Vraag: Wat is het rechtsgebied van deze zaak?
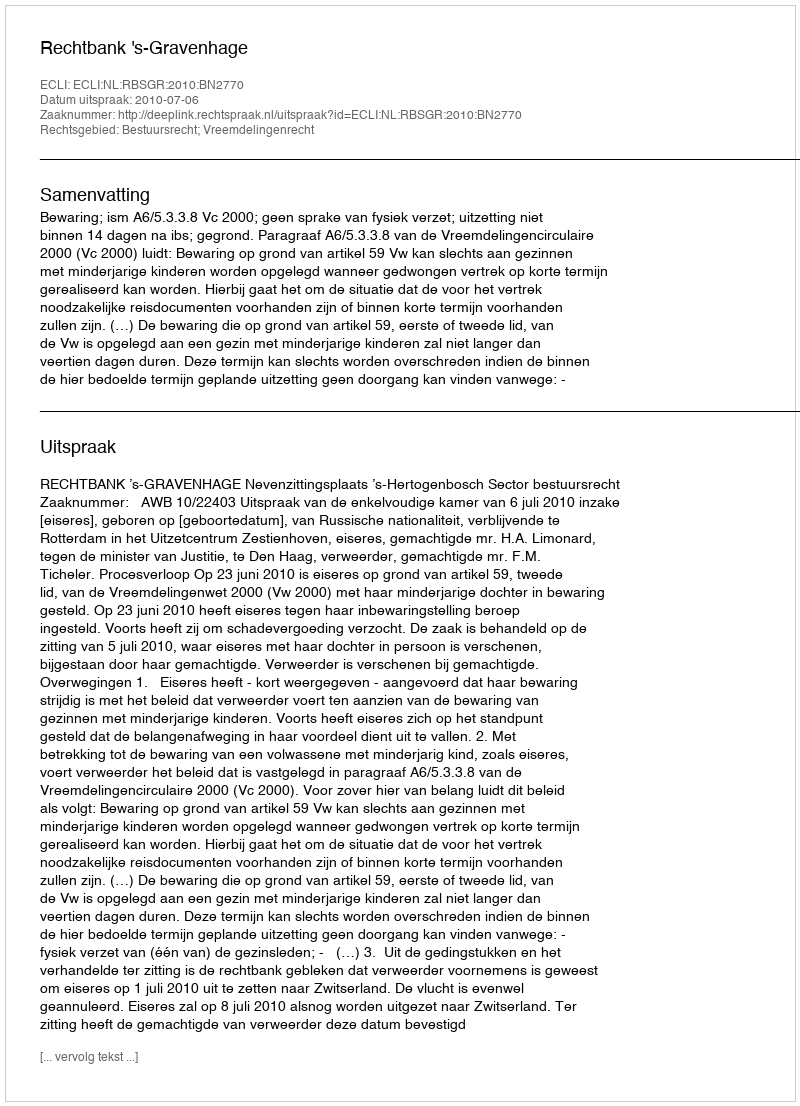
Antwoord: Bestuursrecht; Vreemdelingenrecht